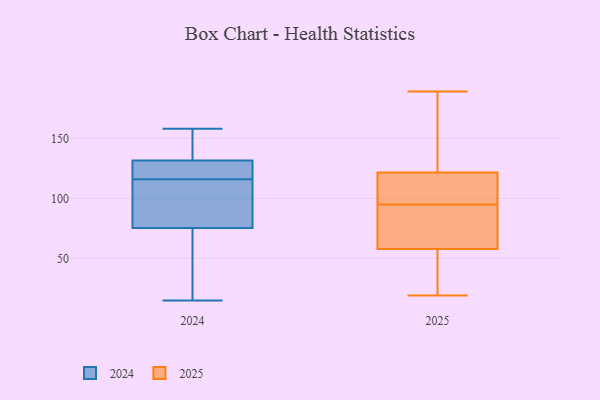
{"axis": {"x": "LTV (USD)", "y": "Value"}, "legend": ["2024", "2025"], "data": [{"x": "", "y": 84, "type": "2024"}, {"x": "", "y": 158, "type": "2024"}, {"x": "", "y": 148, "type": "2024"}, {"x": "", "y": 114, "type": "2024"}, {"x": "", "y": 45, "type": "2024"}, {"x": "", "y": 85, "type": "2024"}, {"x": "", "y": 122, "type": "2024"}, {"x": "", "y": 121, "type": "2024"}, {"x": "", "y": 15, "type": "2024"}, {"x": "", "y": 116, "type": "2024"}, {"x": "", "y": 154, "type": "2024"}, {"x": "", "y": 126, "type": "2024"}, {"x": "", "y": 49, "type": "2024"}, {"x": "", "y": 78, "type": "2025"}, {"x": "", "y": 154, "type": "2025"}, {"x": "", "y": 183, "type": "2025"}, {"x": "", "y": 95, "type": "2025"}, {"x": "", "y": 19, "type": "2025"}, {"x": "", "y": 20, "type": "2025"}, {"x": "", "y": 189, "type": "2025"}, {"x": "", "y": 95, "type": "2025"}, {"x": "", "y": 111, "type": "2025"}, {"x": "", "y": 103, "type": "2025"}, {"x": "", "y": 27, "type": "2025"}, {"x": "", "y": 112, "type": "2025"}, {"x": "", "y": 60, "type": "2025"}, {"x": "", "y": 82, "type": "2025"}, {"x": "", "y": 51, "type": "2025"}, {"x": "", "y": 150, "type": "2025"}, {"x": "", "y": 72, "type": "2025"}]}